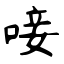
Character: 唼